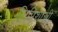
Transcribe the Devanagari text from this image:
लिपिशास्त्री